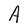
Character: A